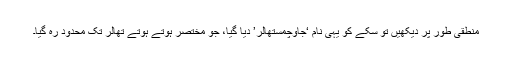
منطقی طور پر دیکھیں تو سکے کو یہی نام ‘جاوچمستھالر’ دیا گیا، جو مختصر ہوتے ہوتے تھالر تک محدود رہ گیا۔